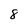
Character: 8